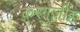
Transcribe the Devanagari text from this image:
करगुज़ीह